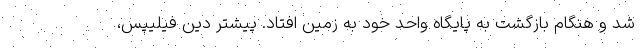
شد و هنگام بازگشت به پایگاه واحد خود به زمین افتاد. پیشتر دین فیلیپس،